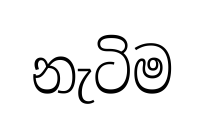
නැටිම